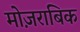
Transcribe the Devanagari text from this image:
मोज़राबिक